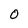
Character: O